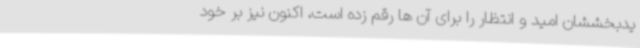
یدبخششان امید و انتظار را برای آن ها رقم زده است، اکنون نیز بر خود